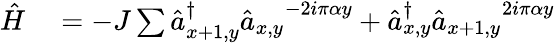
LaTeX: \begin{array}{rl}{\hat{H}}&{{}=-J\sum\hat{a}_{x+1,y}^{\dagger}{\hat{a}_{x,y}}^{-2i\pi\alpha y}+\hat{a}_{x,y}^{\dagger}{\hat{a}_{x+1,y}}^{2i\pi\alpha y}}\end{array}